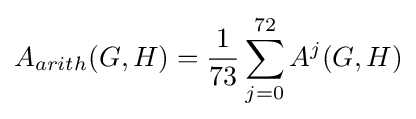
A_{arith}(G,H)={\frac {1}{73}}\sum _{j=0}^{72}A^{j}(G,H)